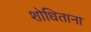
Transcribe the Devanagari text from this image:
शोधिताना